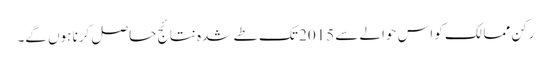
رکن ممالک کو اس حوالے سے 2015 تک طے شدہ نتائج حاصل کرنا ہوں گے۔